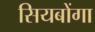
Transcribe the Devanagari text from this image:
सियबोंगा